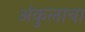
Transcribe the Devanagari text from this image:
अंकुलाचा